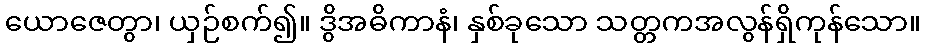
ယောဇေတွာ၊ ယှဉ်စက်၍။ ဒွိအဓိကာနံ၊ နှစ်ခုသော သတ္တကအလွန်ရှိကုန်သော။